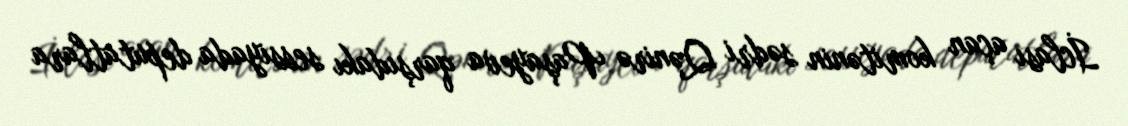
İclası açan komitənin sədri Qənirə Paşayeva qarşıdakı sessiyada deputatlara